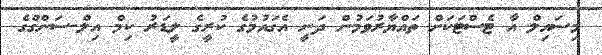
މިސައިލް އާ ޓެސްޓަކަށް ތައްޔާރުވަމުން ދަނީ އެގައުމުގެ ކުރީގެ ލީޑަރު ކިމް އިލް-ސަންގްގެ